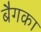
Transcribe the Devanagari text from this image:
बैगका